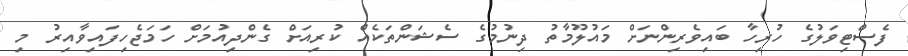
ފެސްޓިވަލުގެ ހުރިހާ ބައިވެރިންނަށް މައުލޫމާތު ދިނުމުގެ ސެޝަންތަކެއް ކުރިއަށް ގެންދިއުމަށް ހަމަޖެހިފައިވާއިރު މި